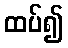
ထပ်၍